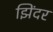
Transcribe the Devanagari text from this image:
झिंदर